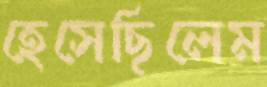
হেসেছিলেম